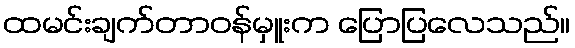
ထမင်းချက်တာဝန်မှူးက ပြောပြလေသည်။